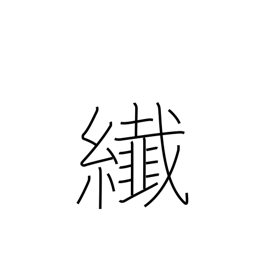
Meaning: minute